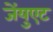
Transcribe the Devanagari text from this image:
जेंयुएट